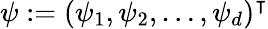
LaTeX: \psi:=(\psi_{1},\psi_{2},\ldots,\psi_{d})^{\intercal}